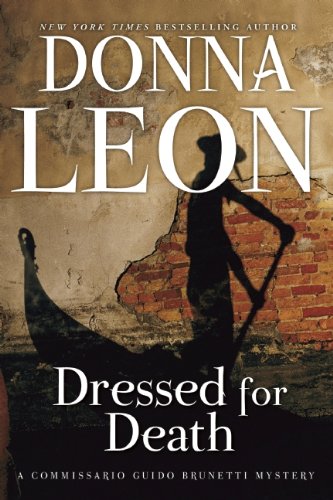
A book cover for Dressed for Death: A Commissario Guido Brunetti Mystery; Donna Leon; Mystery, Thriller & Suspense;